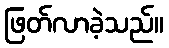
ဖြတ်လာခဲ့သည်။